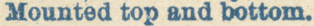
Mounted top and bottom.